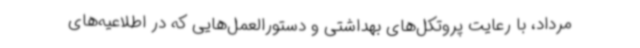
مرداد، با رعایت پروتکل‌های بهداشتی و دستورالعمل‌هایی که در اطلاعیه‌های